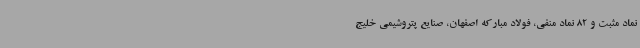
نماد مثبت و 82 نماد منفی، فولاد مبارکه اصفهان، صنایع پتروشیمی خلیج